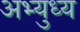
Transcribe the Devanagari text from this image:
अभ्युध्य